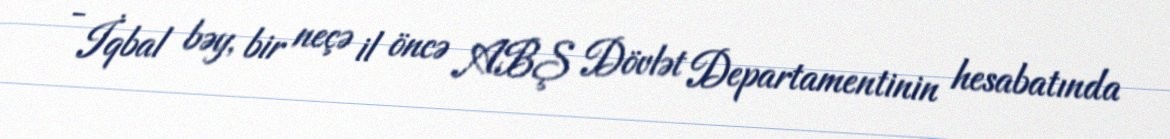
- İqbal bəy, bir neçə il öncə ABŞ Dövlət Departamentinin hesabatında